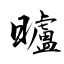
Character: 曥